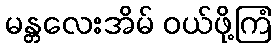
မန္တလေးအိမ် ဝယ်ဖို့ကြံ